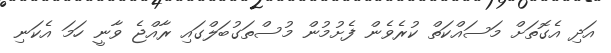
އަދި އެގޮތަށް މަސައްކަތް ކުރެވެން ފެށުމުން މުސްތަގުބަލްގައި ރާއްޖެ ވާނީ ހަމަ އެކަނި